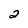
Character: 2